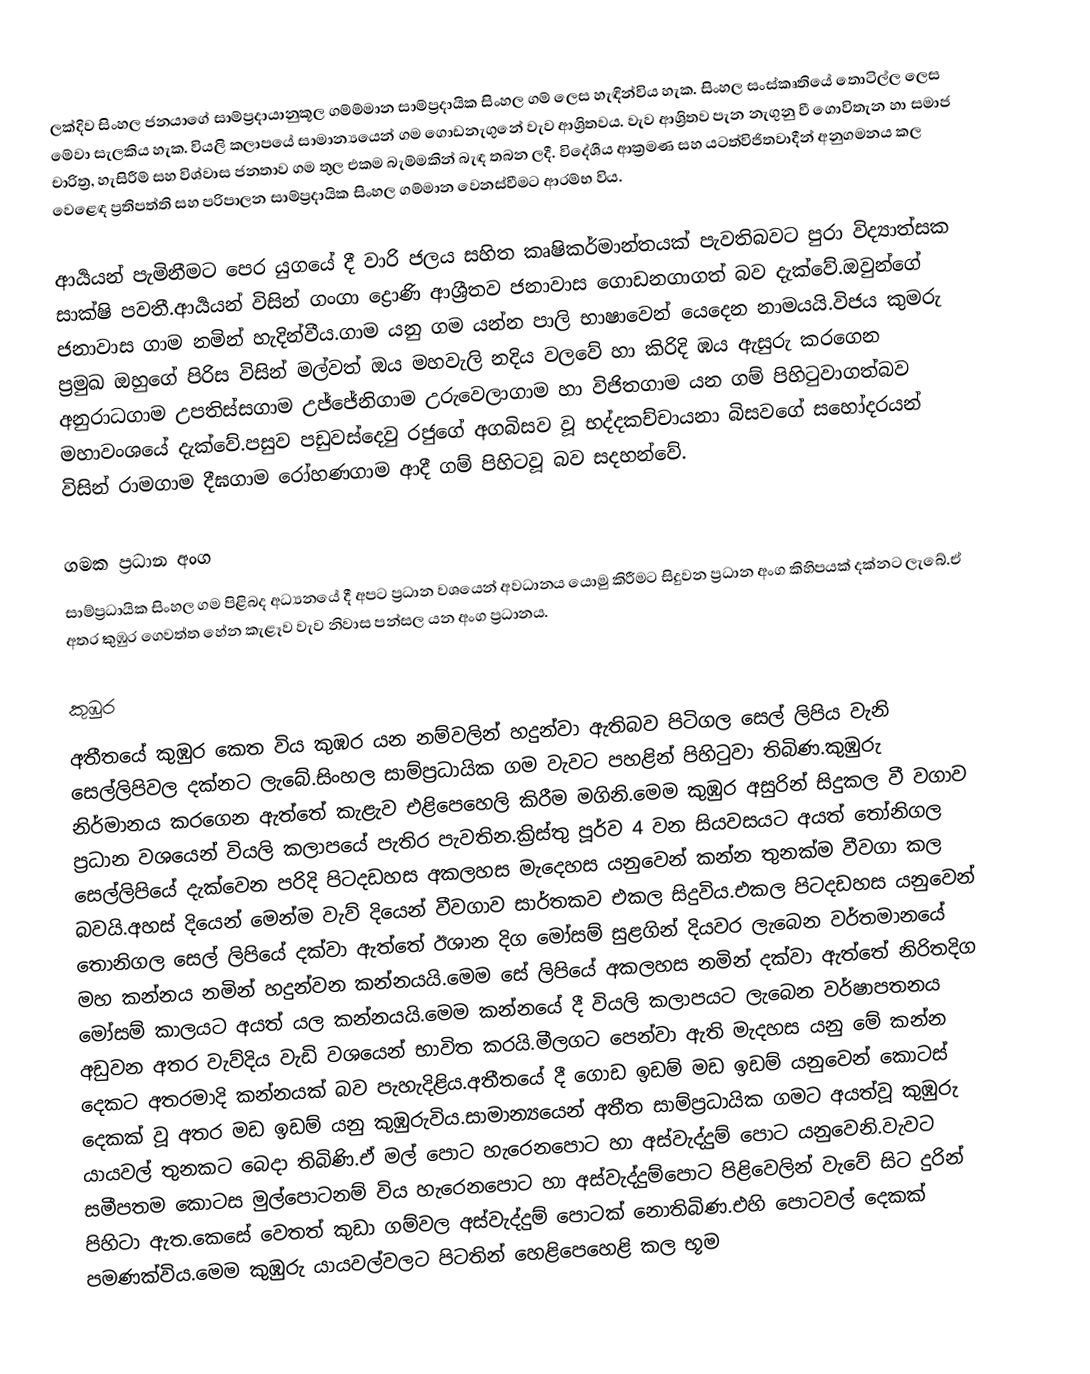
ලක්දිව සිංහල ජනයාගේ සාම්ප්‍රදායානුකූල ගම්ම්මාන සාම්ප්‍රදායික සිංහල ගම් ලෙස හැඳින්විය හැක. සිංහල සංස්කෘතියේ තොටිල්ල ලෙස මේවා සැලකිය හැක. වියලි කලාපයේ සාමාන්‍යයෙන් ගම ගොඩනැගුනේ වැව ආශ්‍රිතවය. වැව ආශ්‍රිතව පැන නැගුනු වී ගොවිතැන හා සමාජ චාරිත්‍ර, හැසිරීම් සහ විශ්වාස ජනතාව ගම තුල එකම බැම්මකින් බැඳ තබන ලදී. විදේශීය ආක්‍රමණ සහ යටත්විජිතවාදීන් අනුගමනය කල වෙළෙඳ ප්‍රතිපත්ති සහ පරිපාලන සාම්ප්‍රදායික සිංහල ගම්මාන වෙනස්වීමට ආරම්භ විය.

ආර්‍යයන් පැමිනීමට පෙර යුගයේ දී වාරි ජලය සහිත කෘෂිකර්මාන්තයක් පැවතිබවට පුරා විද්‍යාත්සක සාක්ෂි පවතී.ආර්‍යයන් විසින් ගංගා  ද්‍රොණි ආශ්‍රීතව ජනාවාස ගොඩනගාගත් බව දැක්වේ.ඔවුන්ගේ ජනාවාස ගාම නමින් හැදින්වීය.ගාම යනු ගම යන්න පාලි භාෂාවෙන් යෙදෙන නාමයයි.විජය කුමරු ප්‍රමුඛ ඔහුගේ පිරිස විසින් මල්වත් ඔය මහවැලි නදිය වලවේ හා කිරිදි ඹය ඇසුරු කරගෙන අනුරාධගාම උපතිස්සගාම උජ්ජේනිගාම උරුවෙලාගාම හා විජිතගාම යන ගම් පිහිටුවාගත්බව මහාවංශයේ දැක්වේ.පසුව පඩුවස්දෙවු රජුගේ අගබිසව වූ භද්දකච්චායනා බිසවගේ සහෝදරයන් විසින් රාමගාම දීඝගාම රෝහණගාම ආදී ගම් පිහිටවූ බව සදහන්වේ.

ගමක ප්‍රධාන අංග
සාම්ප්‍රධායික සිංහල ගම පිළිබද අධ්‍යනයේ දී අපට ප්‍රධාන වශයෙන් අවධානය යොමු කිරීමට සිදුවන ප්‍රධාන අංග කිහිපයක් දක්නට ලැබේ.ඒ අතර කුඹුර ගෙවත්ත හේන කැළෑව වැව නිවාස පන්සල යන අංග ප්‍රධානය.

කුඹුර
අතීතයේ කුඹුර කෙත විය කුඹර යන නම්වලින් හදුන්වා ඇතිබව පිටිගල සෙල් ලිපිය වැනි සෙල්ලිපිවල දක්නට ලැබේ.සිංහල සාම්ප්‍රධායික ගම වැවට පහළින් පිහිටුවා තිබිණ.කුඹුරු නිර්මානය කරගෙන ඇත්තේ කැළැව එළිපෙහෙලි කිරීම මගිනි.මෙම කුඹුර අසුරින් සිදුකල වී වගාව ප්‍රධාන වශයෙන් වියලි කලාපයේ පැතිර පැවතින.ක්‍රිස්තු පූර්ව 4 වන සියවසයට අයත් තෝනිගල සෙල්ලිපියේ දැක්වෙන පරිදි පිටදඩහස අකලහස මැදෙහස යනුවෙන් කන්න තුනක්ම වීවගා කල බවයි.අහස් දියෙන් මෙන්ම වැව් දියෙන් වීවගාව සාර්තකව එකල සිදුවිය.එකල පිටදඩහස යනුවෙන් තොනිගල සෙල් ලිපියේ දක්වා ඇත්තේ ඊශාන දිග මෝසම් සුළගින් දියවර ලැබෙන වර්තමානයේ මහ කන්නය නමින් හදුන්වන කන්නයයි.මෙම සේ ලිපියේ අකලහස නමින් දක්වා ඇත්තේ නිරිතදිග මෝසම් කාලයට අයත් යල කන්නයයි.මෙම කන්නයේ දී වියලි කලාපයට ලැබෙන වර්ෂාපතනය අඩුවන අතර වැව්දිය වැඩි වශයෙන් භාවිත කරයි.මීලගට පෙන්වා ඇති මැදහස යනු මේ කන්න දෙකට අතරමාදි කන්නයක් බව පැහැදිළිය.අතීතයේ දී ගොඩ ඉඩම් මඩ ඉඩම් යනුවෙන් කොටස් දෙකක් වූ අතර මඩ ඉඩම් යනු කුඹුරුවිය.සාමාන්‍යයෙන් අතීත සාම්ප්‍රධායික ගමට අයත්වූ කුඹුරු යායවල් තුනකට බෙදා තිබිණි.ඒ මල් පොට හැරෙනපොට හා අස්වැද්දුම් පොට යනුවෙනි.වැවට සමීපතම කොටස මුල්පොටනම් විය හැරෙනපොට හා අස්වැද්දුම්පොට පිළිවෙලින් වැවේ සිට දුරින් පිහිටා ඇත.කෙසේ වෙතත් කුඩා ගම්වල අස්වැද්දුම් පොටක් නොතිබිණ.එහි පොටවල් දෙකක් පමණක්විය.මෙම කුඹුරු යායවල්වලට පිටතින් හෙළිපෙහෙළි කල භූම